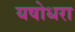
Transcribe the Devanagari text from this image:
यषोधरा